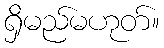
ရှိမည်မဟုတ်။